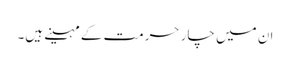
ان میں چار حرمت کے مہینے ہیں۔